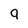
Character: 9